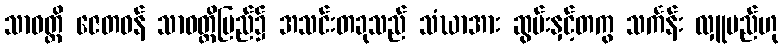
သာဝတ္ထိ ဇေတဝန် သာဝတ္ထိပြည်၌ အသင်းတခုသည် သံဃာအား ဆွမ်းနှင့်တကွ သင်္ကန်း လှူမည်ဟု